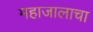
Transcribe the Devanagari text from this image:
महाजालाचा